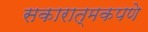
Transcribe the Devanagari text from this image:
सकारात्मकपणे